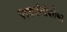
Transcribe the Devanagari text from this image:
पत्रकारितेबरोबर